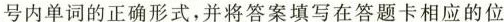
号内单词的正确形式,并将答案填写在答题卡相应的位